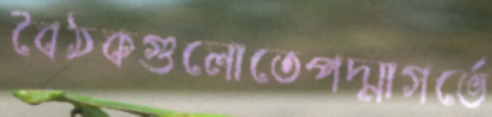
বৈঠকগুলোতেপদ্মাগর্ভে